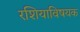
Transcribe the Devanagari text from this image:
रशियाविषयक